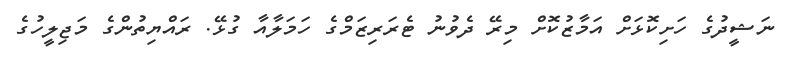
ނަޝީދުގެ ހަށިކޮޅަށް އަމާޒުކޮށް މިރޭ ދެވުނު ޓެރަރިޒަމްގެ ހަމަލާއާ ގުޅޭ. ރައްޔިތުންގެ މަޖިލީހުގެ